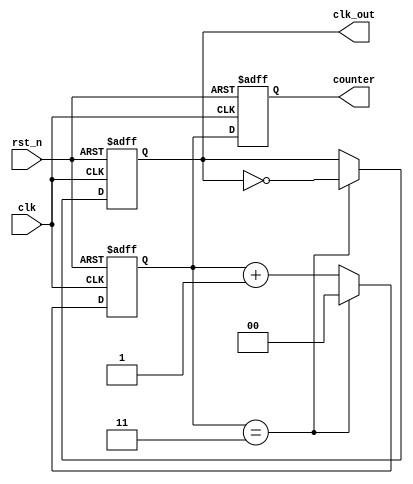
module freq_divider #(parameter N = 4) (
    input wire clk,        // Input clock signal
    input wire rst_n,     // Active-low reset signal
    output reg clk_out,    // Divided clock output
    output reg [$clog2(N)-1:0] counter // Current count value (optional output)
);

    // Internal counter register
    reg [$clog2(N)-1:0] count;

    always @(posedge clk or negedge rst_n) begin
        if (!rst_n) begin
            // Asynchronous reset
            count <= 0;
            clk_out <= 0;
        end else begin
            // Increment counter
            if (count == N - 1) begin
                // Toggle output clock and reset counter
                clk_out <= ~clk_out;
                count <= 0;
            end else begin
                count <= count + 1;
            end
        end
    end
    
    // Assign the current count value to the optional output
    always @(posedge clk or negedge rst_n) begin
        if (!rst_n) begin
            counter <= 0;
        end else begin
            counter <= count;
        end
    end

endmodule